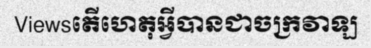
Viewsតើហេតុអ្វីបានជាចក្រវាឡ